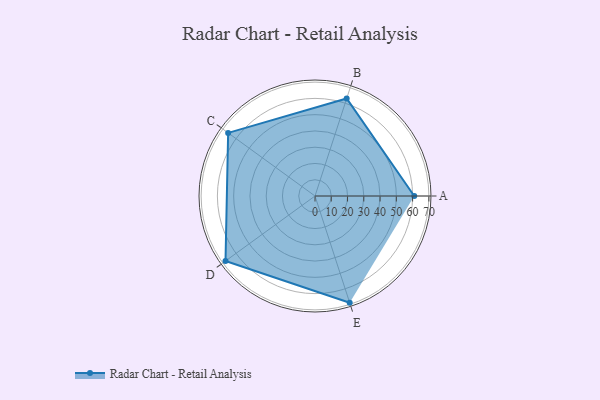
{"axis": {"x": "Skill", "y": "Score"}, "legend": ["Profile"], "data": [{"x": "A", "y": 61.0, "type": "Profile"}, {"x": "B", "y": 63.0, "type": "Profile"}, {"x": "C", "y": 66.0, "type": "Profile"}, {"x": "D", "y": 68.0, "type": "Profile"}, {"x": "E", "y": 69.0, "type": "Profile"}]}